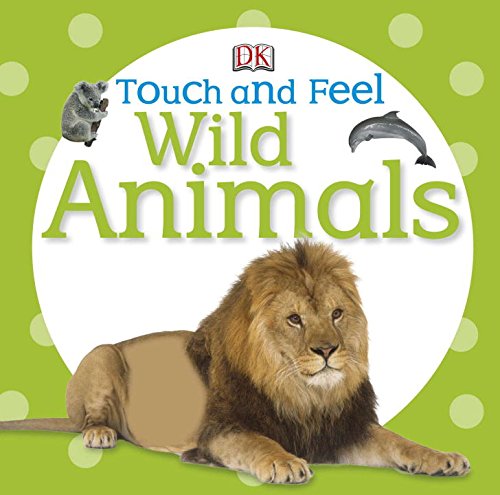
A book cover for Touch and Feel: Wild Animals (Touch & Feel); DK Publishing; Children's Books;